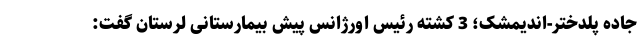
جاده پلدختر-اندیمشک؛ 3 کشته رئیس اورژانس پیش بیمارستانی لرستان گفت: